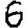
Digit: 6